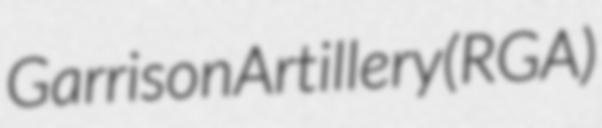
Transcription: Garrison Artillery (RGA)